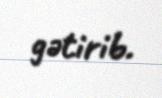
gətirib.